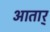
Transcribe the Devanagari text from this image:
आतार्